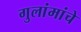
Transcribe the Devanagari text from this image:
गुलांमांचे